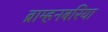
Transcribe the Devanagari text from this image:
ब्राम्हनबरिया